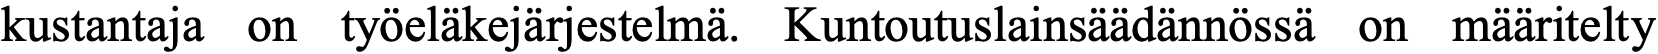
kustantaja on työeläkejärjestelmä. Kuntoutuslainsäädännössä on määritelty